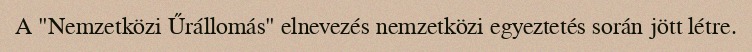
A "Nemzetközi Űrállomás" elnevezés nemzetközi egyeztetés során jött létre.